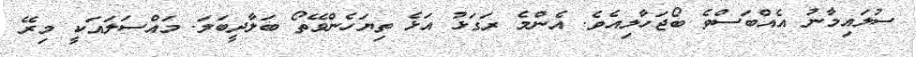
ސުލައިމާނު އެއްބަސްވެ ބޯޖަހާލިއެވެ. އެންމެ ރަގަޅު އަޅެ ތިޔަހެންވޭތޯ ބަލާދީބަލަ. މައްސަލައަކީ މިރޭ